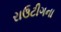
રાઉટીગના